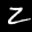
Label: 2